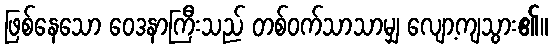
ဖြစ်နေသော ဝေဒနာကြီးသည် တစ်ဝက်သာသာမျှ လျော့ကျသွား၏။